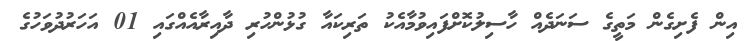
އިން ފެށިގެން މަތީގެ ސަނަދެއް ހާސިލުކޮށްފައިވުމާއެކު ތަރިކައާ ގުޅުންހުރި ދާއިރާއެއްގައި 01 އަހަރުދުވަހުގެ